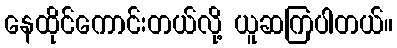
နေထိုင်ကောင်းတယ်လို့ ယူဆကြပါတယ်။